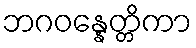
ဘဂဝန္နေတ္တိကာ